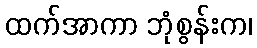
ထက်အာကာ ဘုံစွန်းက၊